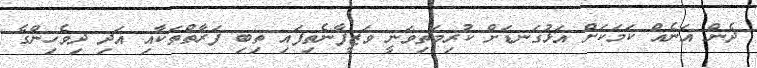
ދެން އަނެއް ކަމަކަށް އަޅުގަނޑަށް ކުރިމަތިވަނީ ވަޒީފާނެތިފައި ތިބި ފަރާތްތަކާއި އަދި ދިވެހިންގެ